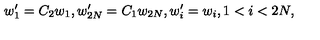
w _ { 1 } ^ { \prime } = C _ { 2 } w _ { 1 } , w _ { 2 N } ^ { \prime } = C _ { 1 } w _ { 2 N } , w _ { i } ^ { \prime } = w _ { i } , 1 < i < 2 N ,